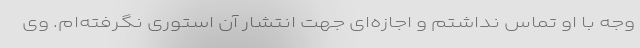
وجه با او تماس نداشتم و اجازه‌ای جهت انتشار آن استوری نگرفته‌ام. وی